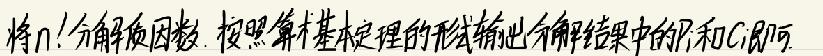
将\(n\)分解质因数，按照算术基本定理的形式输出分解结果中的\(p\)和\(c\)数组